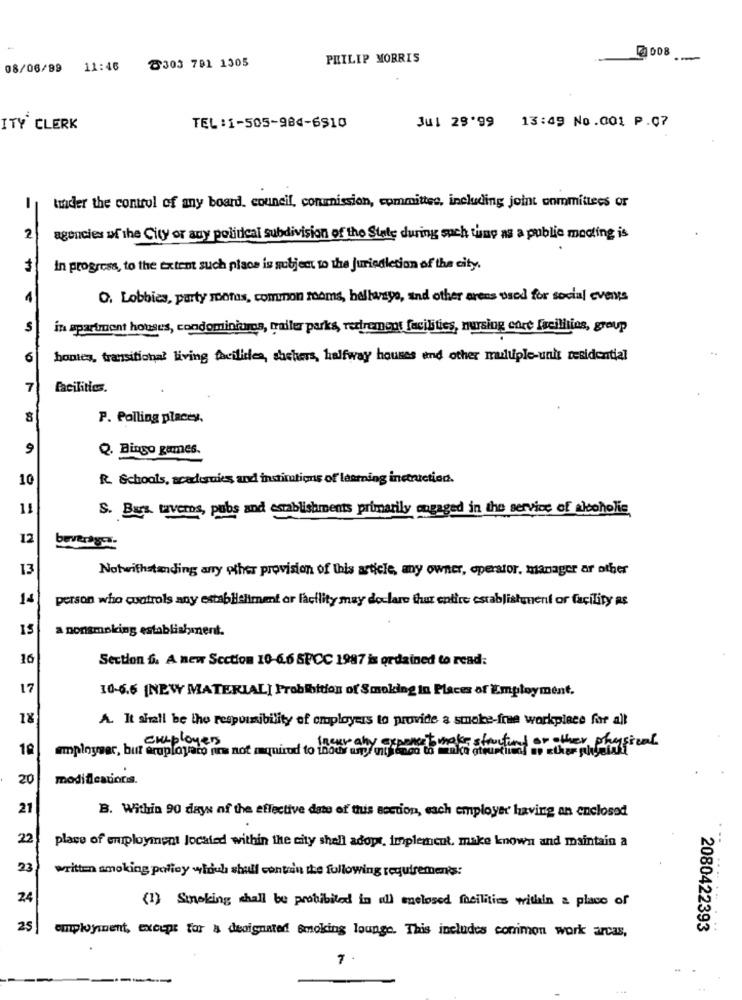
8303 791 1305
PHILIP MORRIS
2008
08/06/99
11:46
ITY CLERK
TEL:1-505-984-6910
Jul 29'99 13:49 No .001 P.Q7
tunder the control of any board. council, commission, committee, including joint committees or
2
agencies of the City or any political subdivision of the State during such thing as a publie mocting is
in progress, to the extent such place is subject to the Jurisdiction of the city.
O. Lobbies, party rotas, common rooms, hellasye, and other arens osod for social events
$
in apartment houses, condominiums, trailer parks, retirement facilities, nursing care facilities, group
6
homes, transitional living facilides, shelters, halfway houses and other multiple-unit residential
7
facilities.
P. Polling placey.
9
Q. Bingo games.
10
R. Schools, academies and instimtions of learning instruction.
11
S. Bara taverns, pubs and establishments primarily engaged in the service of alcoholic
12
13
Notwithstanding any other provision of this article, any owner, operator, manager ar other
person who controls any establishment or facility may doclaro thur entire establishment or facility as
IS
a nonsmoking establishment.
16
Section &. A new Section 10-6.6 SPCC 1987 is ordained to read:
17
10-6.6 (NEW MATERIAL] Probibition of Smoking In Places of Employment.
20
A. It shall be the responsibility of employers to provide a smoke-free workplace for all
employer, but exployato fins not required to inour aby exponent mek startund or other physical
20
modifications.
21
B. Within 90 days of the effective date of this section, each employer having an enclosed
22
place of employment located within the city shall adops, implement, make known and maintain a
23
written smoking policy which shall contain the following requirements:
24
(1) Staking shall be prohibited in all enclosed facilities within a place of
25
employment, except for & designated Smoking lounge. This includes conimon work arcas,
2080422393
7.